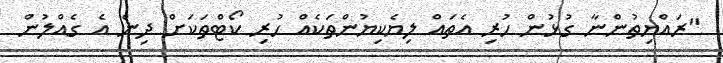
"ރައްޔިތުންނާ ގުޅުން ހުރި އެތައް ލިޔެކިޔުންތަކެއް ހުރި ކޯޓްތަކަށް ދިން އެ ގެއްލުން